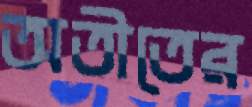
অতীতের